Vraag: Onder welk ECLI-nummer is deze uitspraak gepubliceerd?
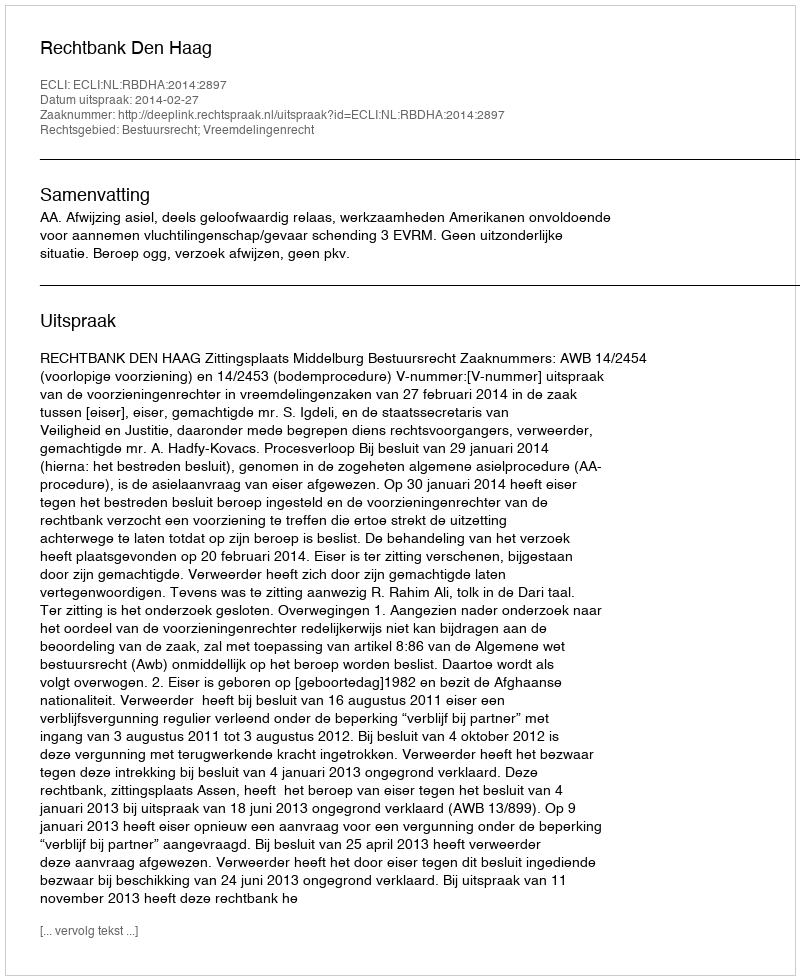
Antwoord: ECLI:NL:RBDHA:2014:2897